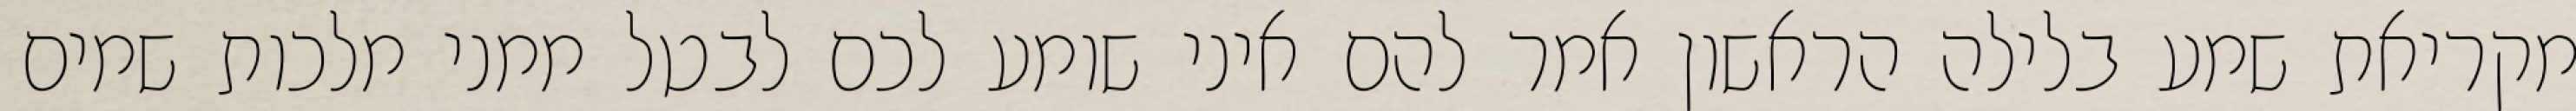
מקריאת שמע בלילה הראשון אמר להם איני שומע לכם לבטל ממני מלכות שמים